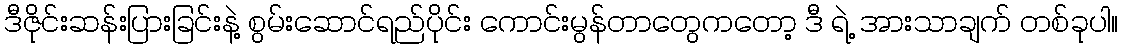
ဒီဇိုင်းဆန်းပြားခြင်းနဲ့ စွမ်းဆောင်ရည်ပိုင်း ကောင်းမွန်တာတွေကတော့ ဒီ ရဲ့ အားသာချက် တစ်ခုပါ။